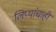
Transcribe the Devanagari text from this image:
लिप्यांचाही